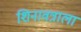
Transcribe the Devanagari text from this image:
शिनावत्राला